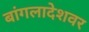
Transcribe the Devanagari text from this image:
बांगलादेशवर